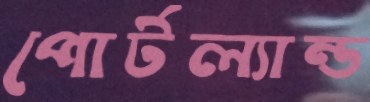
পোর্টল্যান্ড